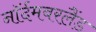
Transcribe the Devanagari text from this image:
नॉर्दमबरलैंड